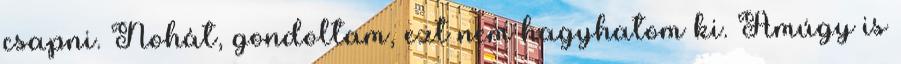
csapni. Nohát, gondoltam, ezt nem hagyhatom ki. Amúgy is